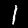
Label: 1